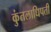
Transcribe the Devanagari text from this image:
कुंतलाधिपती